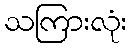
သကြားလုံး